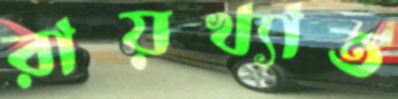
রায়খ্যাত